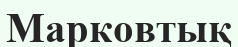
Марковтық